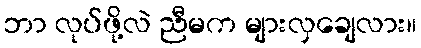
ဘာ လုပ်ဖို့လဲ ညီမက များလှချေလား။